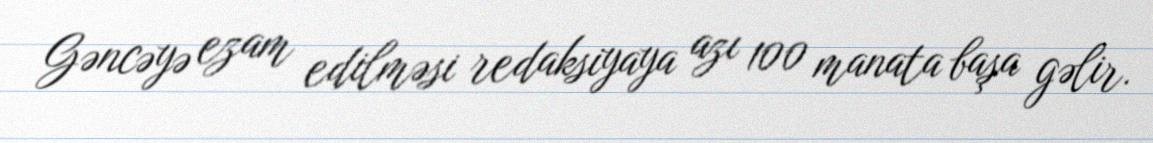
Gəncəyə ezam edilməsi redaksiyaya azı 100 manata başa gəlir.